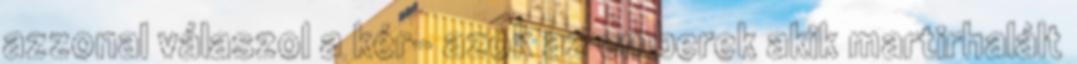
azzonal válaszol a kér- azok az emberek akik martirhalált